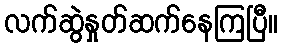
လက်ဆွဲနှုတ်ဆက်နေကြပြီ။